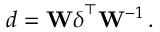
\begin{array} { r } { \boldsymbol { d } = \mathbf { W } \boldsymbol { \delta } ^ { \top } \mathbf { W } ^ { - 1 } \, . } \end{array}